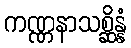
ကဏ္ဏနာသစ္ဆိန္နံ